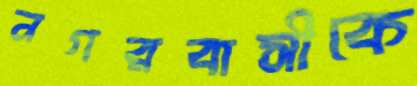
নগরবাসীকে